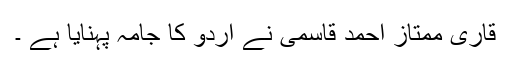
قاری ممتاز احمد قاسمی نے اردو کا جامہ پہنایا ہے ۔